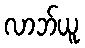
လာဘ်ယူ